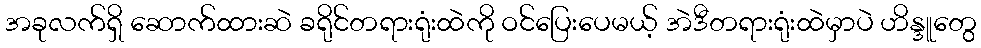
အခုလက်ရှိ ဆောက်ထားဆဲ ခရိုင်တရားရုံးထဲကို ဝင်ပြေးပေမယ့် အဲဒီတရားရုံးထဲမှာပဲ ဟိန္ဒူတွေ